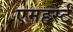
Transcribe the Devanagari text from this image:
एमहर्स्‍ट